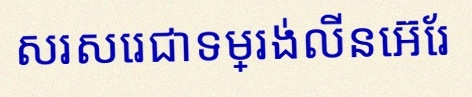
សរសេរជាទម្រង់លីនេអ៊ែរ